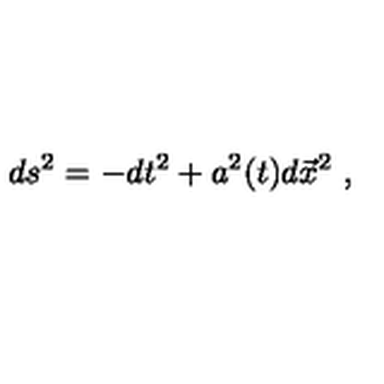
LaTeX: d s ^ { 2 } = - d t ^ { 2 } + a ^ { 2 } ( t ) d { \vec { x } } ^ { 2 } \ ,